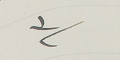
٣